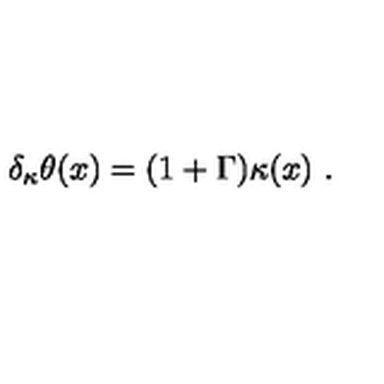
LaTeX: \delta _ { \kappa } \theta ( x ) = ( 1 + \Gamma ) \kappa ( x ) \ .